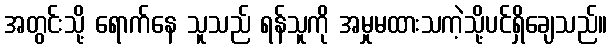
အတွင်းသို့ ရောက်နေ သူသည် ရန်သူကို အမှုမထားသကဲ့သို့ပင်ရှိချေသည်။